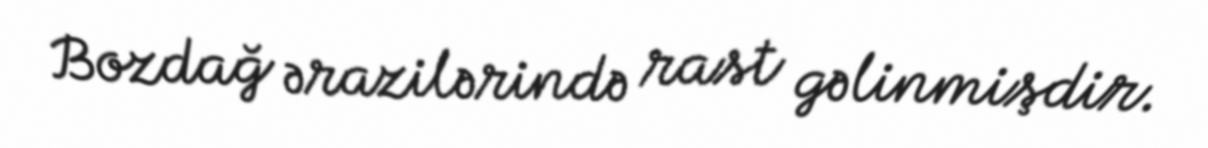
Bozdağ ərazilərində rast gəlinmişdir.